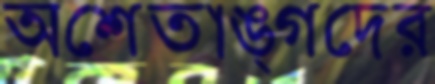
অশ্বেতাঙ্গদের